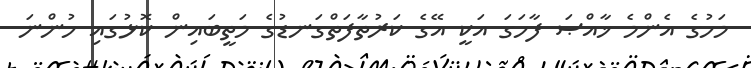
މަހުގެ އެންމެ ޚާއްޞަ ފާހަގަ އަކީ އޭގެ ކަރުތާފަތްގަނޑުގެ މަތީބައިން ކޮޅުގައި ހުންނަ